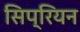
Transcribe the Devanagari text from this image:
सिप्रियन